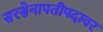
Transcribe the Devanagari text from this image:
सरसेनापतीपदावर